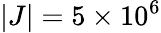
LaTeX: \vert J\vert=5\times 10^{6}